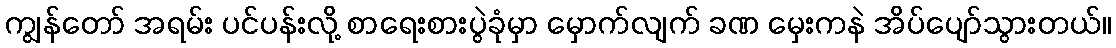
ကျွန်တော် အရမ်း ပင်ပန်းလို့ စာရေးစားပွဲခုံမှာ မှောက်လျက် ခဏ မှေးကနဲ အိပ်ပျော်သွားတယ်။